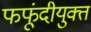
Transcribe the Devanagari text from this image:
फफूंदीयुक्त